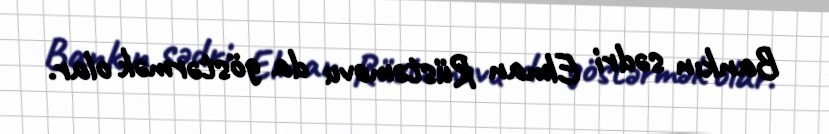
Bankın sədri Elman Rüstəmovu da göstərmək olar.